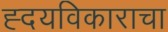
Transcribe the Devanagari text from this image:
ह्दयविकाराचा